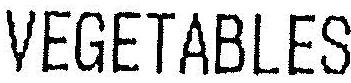
VEGETABLES